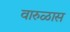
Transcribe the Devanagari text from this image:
वारुळास